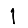
Digit: 1